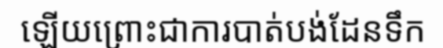
ឡើយព្រោះជាការបាត់បង់ដែនទឹក